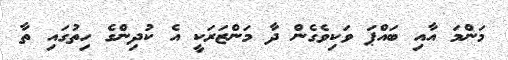
މަންމަ އާއި ބައްޕަ ވަކިވެގެން ދާ މަންޒަރަކީ އެ ކުދިންގެ ހިތުގައި ތާ